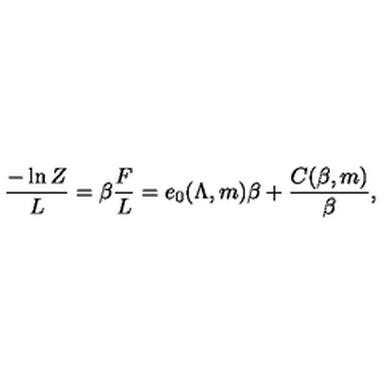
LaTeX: { \frac { - \ln Z } { L } } = \beta { \frac { F } { L } } = e _ { 0 } ( \Lambda , m ) \beta + { \frac { C ( \beta , m ) } { \beta } } ,